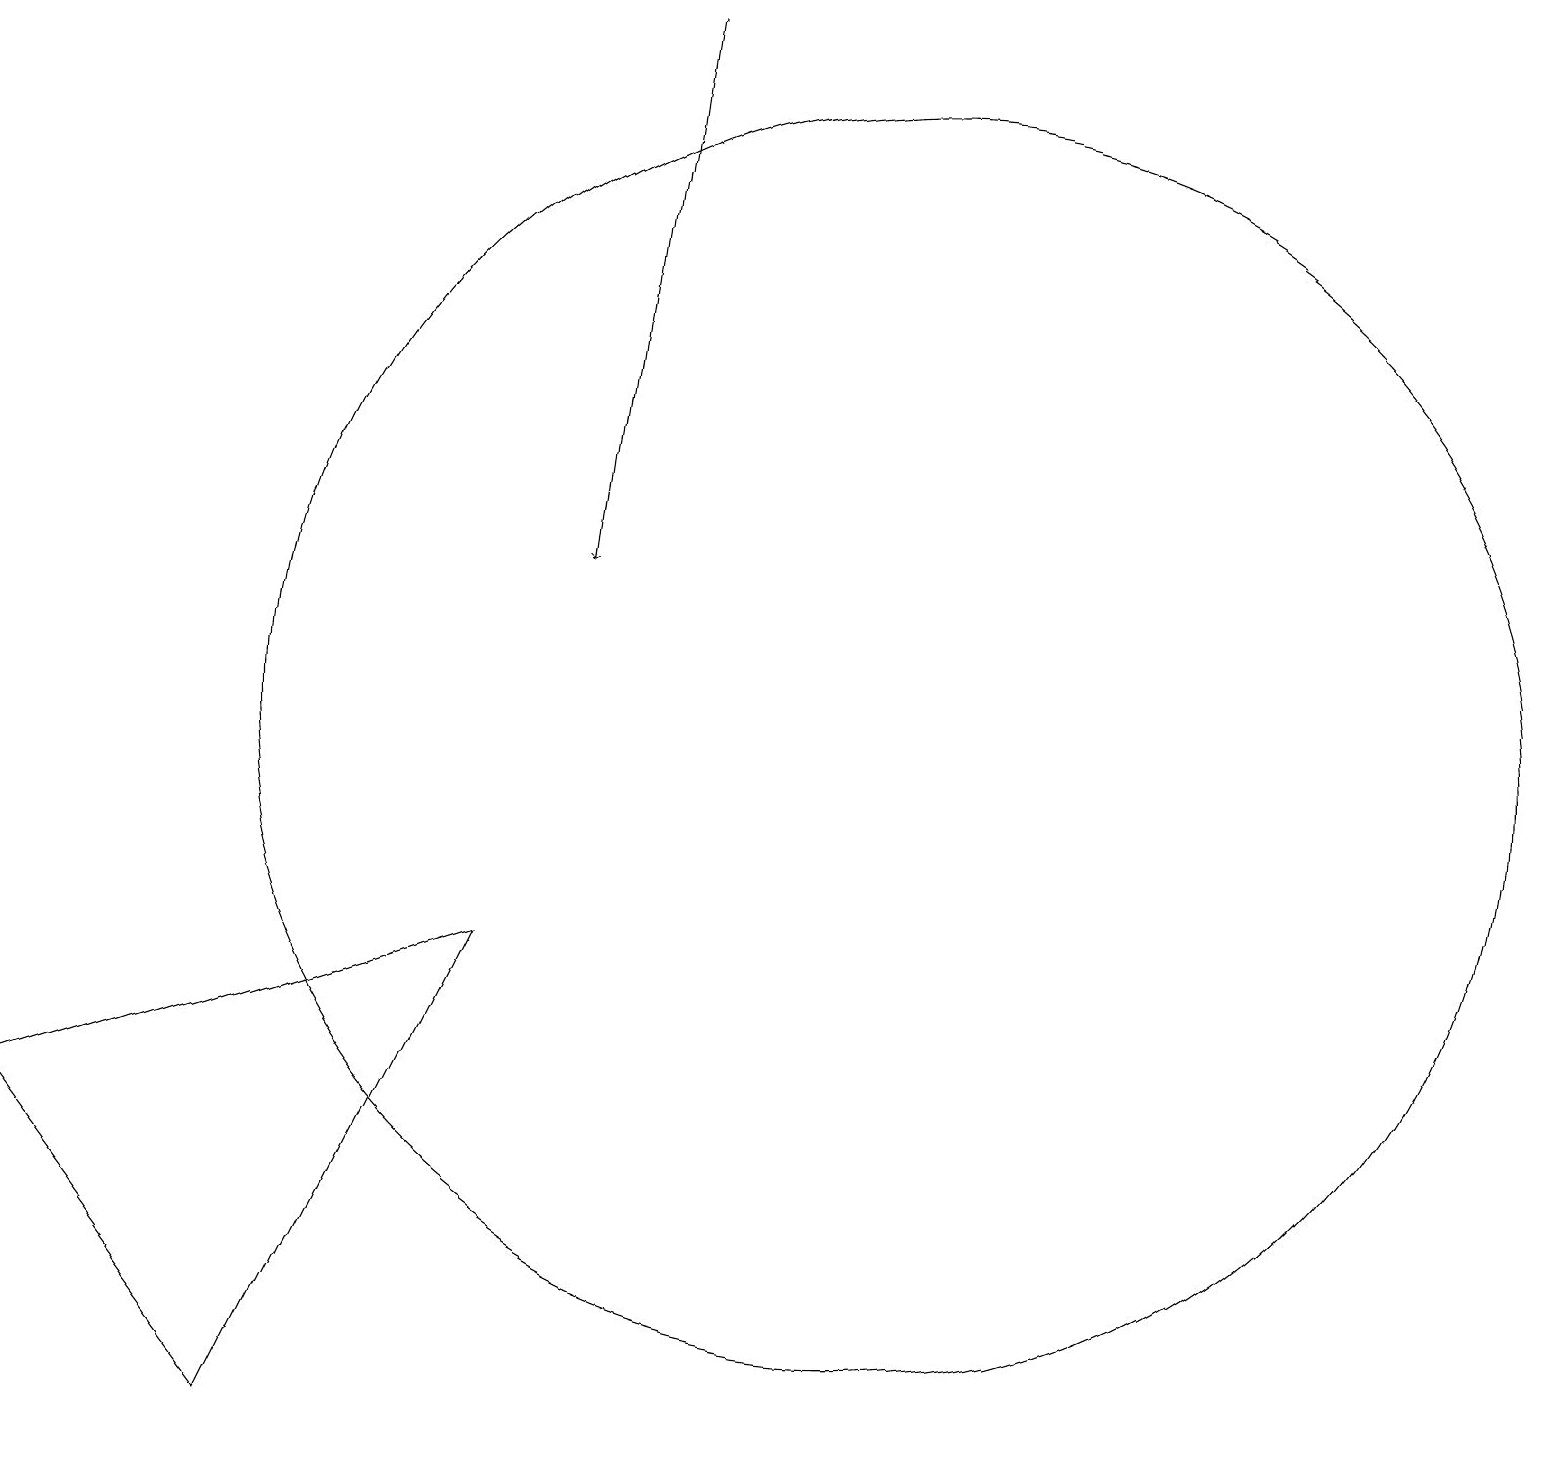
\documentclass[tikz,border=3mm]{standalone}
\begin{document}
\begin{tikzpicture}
\draw[->] (9,19) -- (8,12);
\draw (7,7) -- (4,1) -- (1,5) -- cycle;
\draw (12,10) circle (8);
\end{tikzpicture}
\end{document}